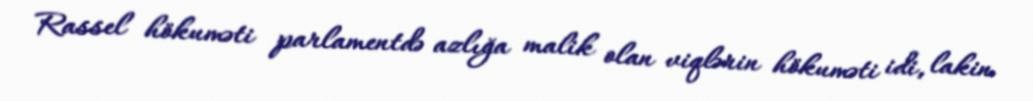
Rassel hökuməti parlamentdə azlığa malik olan viqlərin hökuməti idi, lakin